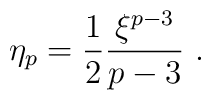
\eta_p={1\over 2} {\xi^{p-3}\over {p-3}}~.